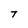
Character: T